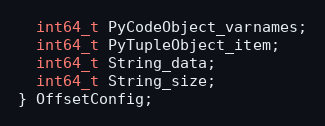
Language: C
  int64_t PyCodeObject_varnames;
  int64_t PyTupleObject_item;
  int64_t String_data;
  int64_t String_size;
} OffsetConfig;